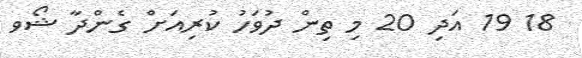
18 19 އަދި 20 މި ތިން ދުވަހު ކުރިއަށް ގެންދާ ޝޯވ